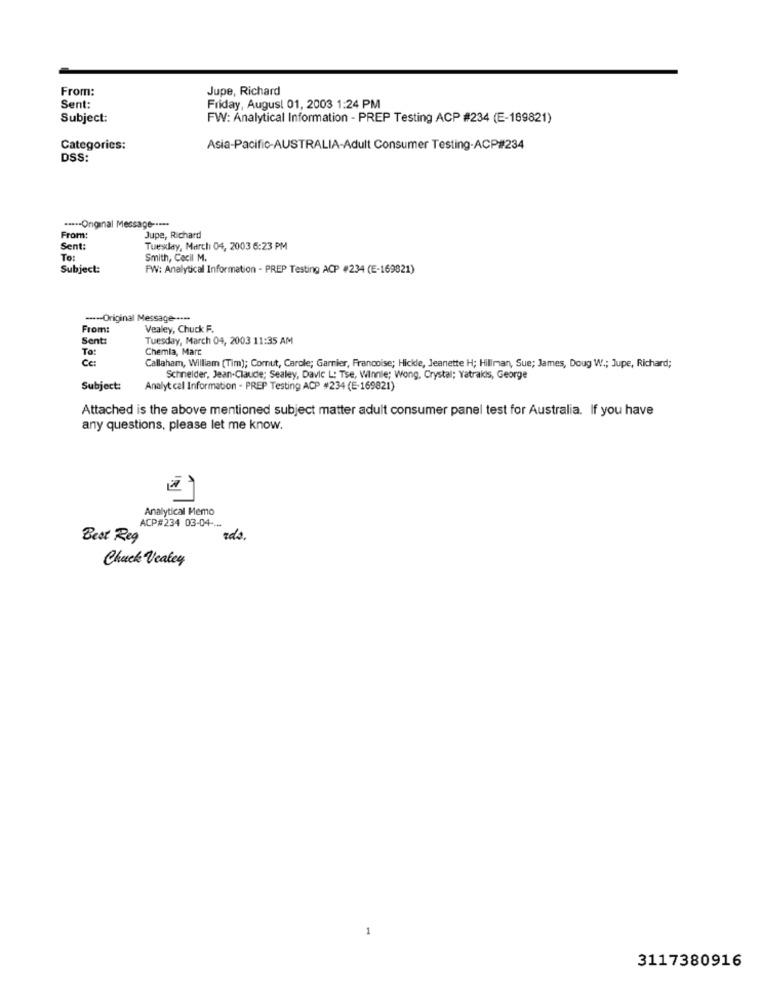
From:
Jupe, Richard
Sent:
Friday, August 01, 2003 1:24 PM
Subject:
FW: Analytical Information - PREP Testing ACP #234 (E-169821)
Categories:
Asia-Pacific-AUSTRALIA-Adult Consumer Testing-ACP#234
DSS:
····- Original Message -----
From:
Jupe, Richard
Sent:
Tuesday, March 04, 2003 6:23 PM
To:
Smith, Cacil M.
Subject:
PW: Analytical Information - PREP Testing ACP #234 (E-169821)
----- Original Message -··-·
From:
Vealey, Chuck F.
Sent:
Tuesday, March 04, 2003 11:35 AM
To:
Chemia, Marc
Cc:
Callaham, William (Tim); Comut, Carole; Garnier, Francoise; Hickle, Jeanette H; Hillman, Sue; James, Doug W .; Jupe, Richard;
Schneider, Jean-Claude; Sealey, Davic L: Tse, Winnie; Wong, Crystal; Yatrakis, George
Subject:
Analyt cal Information - PREP Testing ACP #234 (E-169821)
Attached is the above mentioned subject matter adult consumer panel test for Australia. If you have
any questions, please let me know.
Analytical Memo
ACP#234 03-04 -.-
Best Reg
ids.
Chuck Veatey
3117380916